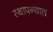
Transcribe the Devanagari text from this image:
स्थापन्यात